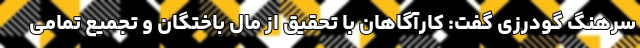
سرهنگ گودرزی گفت: کارآگاهان با تحقیق از مال باختگان و تجمیع تمامی